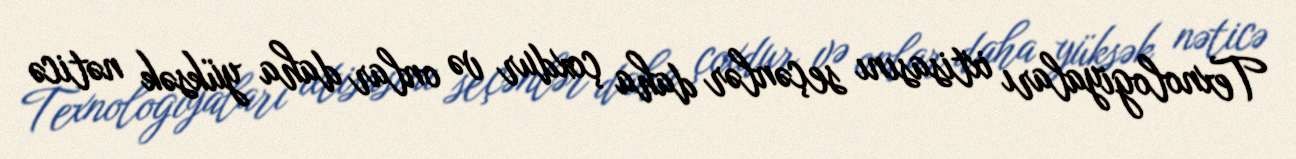
Texnologiyaları ixtisasını seçənlər daha çoxdur və onlar daha yüksək nəticə